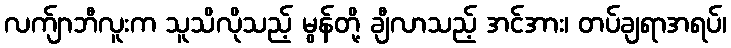
လက်ျာဘီလူးက သူသိလိုသည့် မွန်တို့ ချီလာသည့် အင်အား၊ တပ်ချရာအရပ်၊